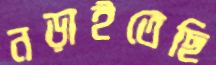
নড়াইতেছি